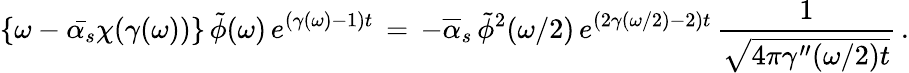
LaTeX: \left\{ \omega-\bar{\alpha_{s}}\chi(\gamma(\omega))\right\} \, \tilde{\phi}(\omega)\, e^{(\gamma(\omega)-1)t}\, =\, -\overline{{{\alpha}}}_{s}\, \tilde{\phi}^{2}(\omega/2)\, e^{(2\gamma(\omega/2)-2)t}\, {\frac{1}{\sqrt{4\pi\gamma^{\prime\prime}(\omega/2)t}}}\, .